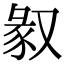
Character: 𠭣